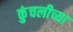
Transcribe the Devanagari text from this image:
कुंचलीच्या